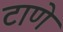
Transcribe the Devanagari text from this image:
टाणे